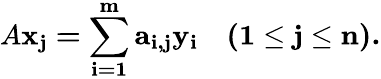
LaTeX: A{\mathbf{{x}_{j}=\sum_{i=1}^{m}a_{i,j}{\mathbf{{y}_{i}\quad(1\leq j\leq n).}}}}